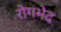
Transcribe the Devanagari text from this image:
रोगभेद